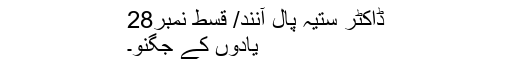
ڈاکٹر ستیہ پال آنند/ قسط نمبر28
یادوں کے جگنو۔